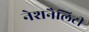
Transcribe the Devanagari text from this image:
नेशनैलिटी